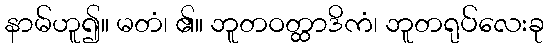
နာမ်ဟူ၍။ မတံ၊ ၏။ ဘူတဝတ္ထာဒိကံ၊ ဘူတရုပ်လေးခု